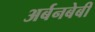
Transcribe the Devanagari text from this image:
अर्बनबेबी